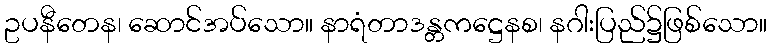
ဥပနီတေန၊ ဆောင်အပ်သော။ နာရံတာဒန္တကဋ္ဌေနစ၊ နဂါးပြည်၌ဖြစ်သော။